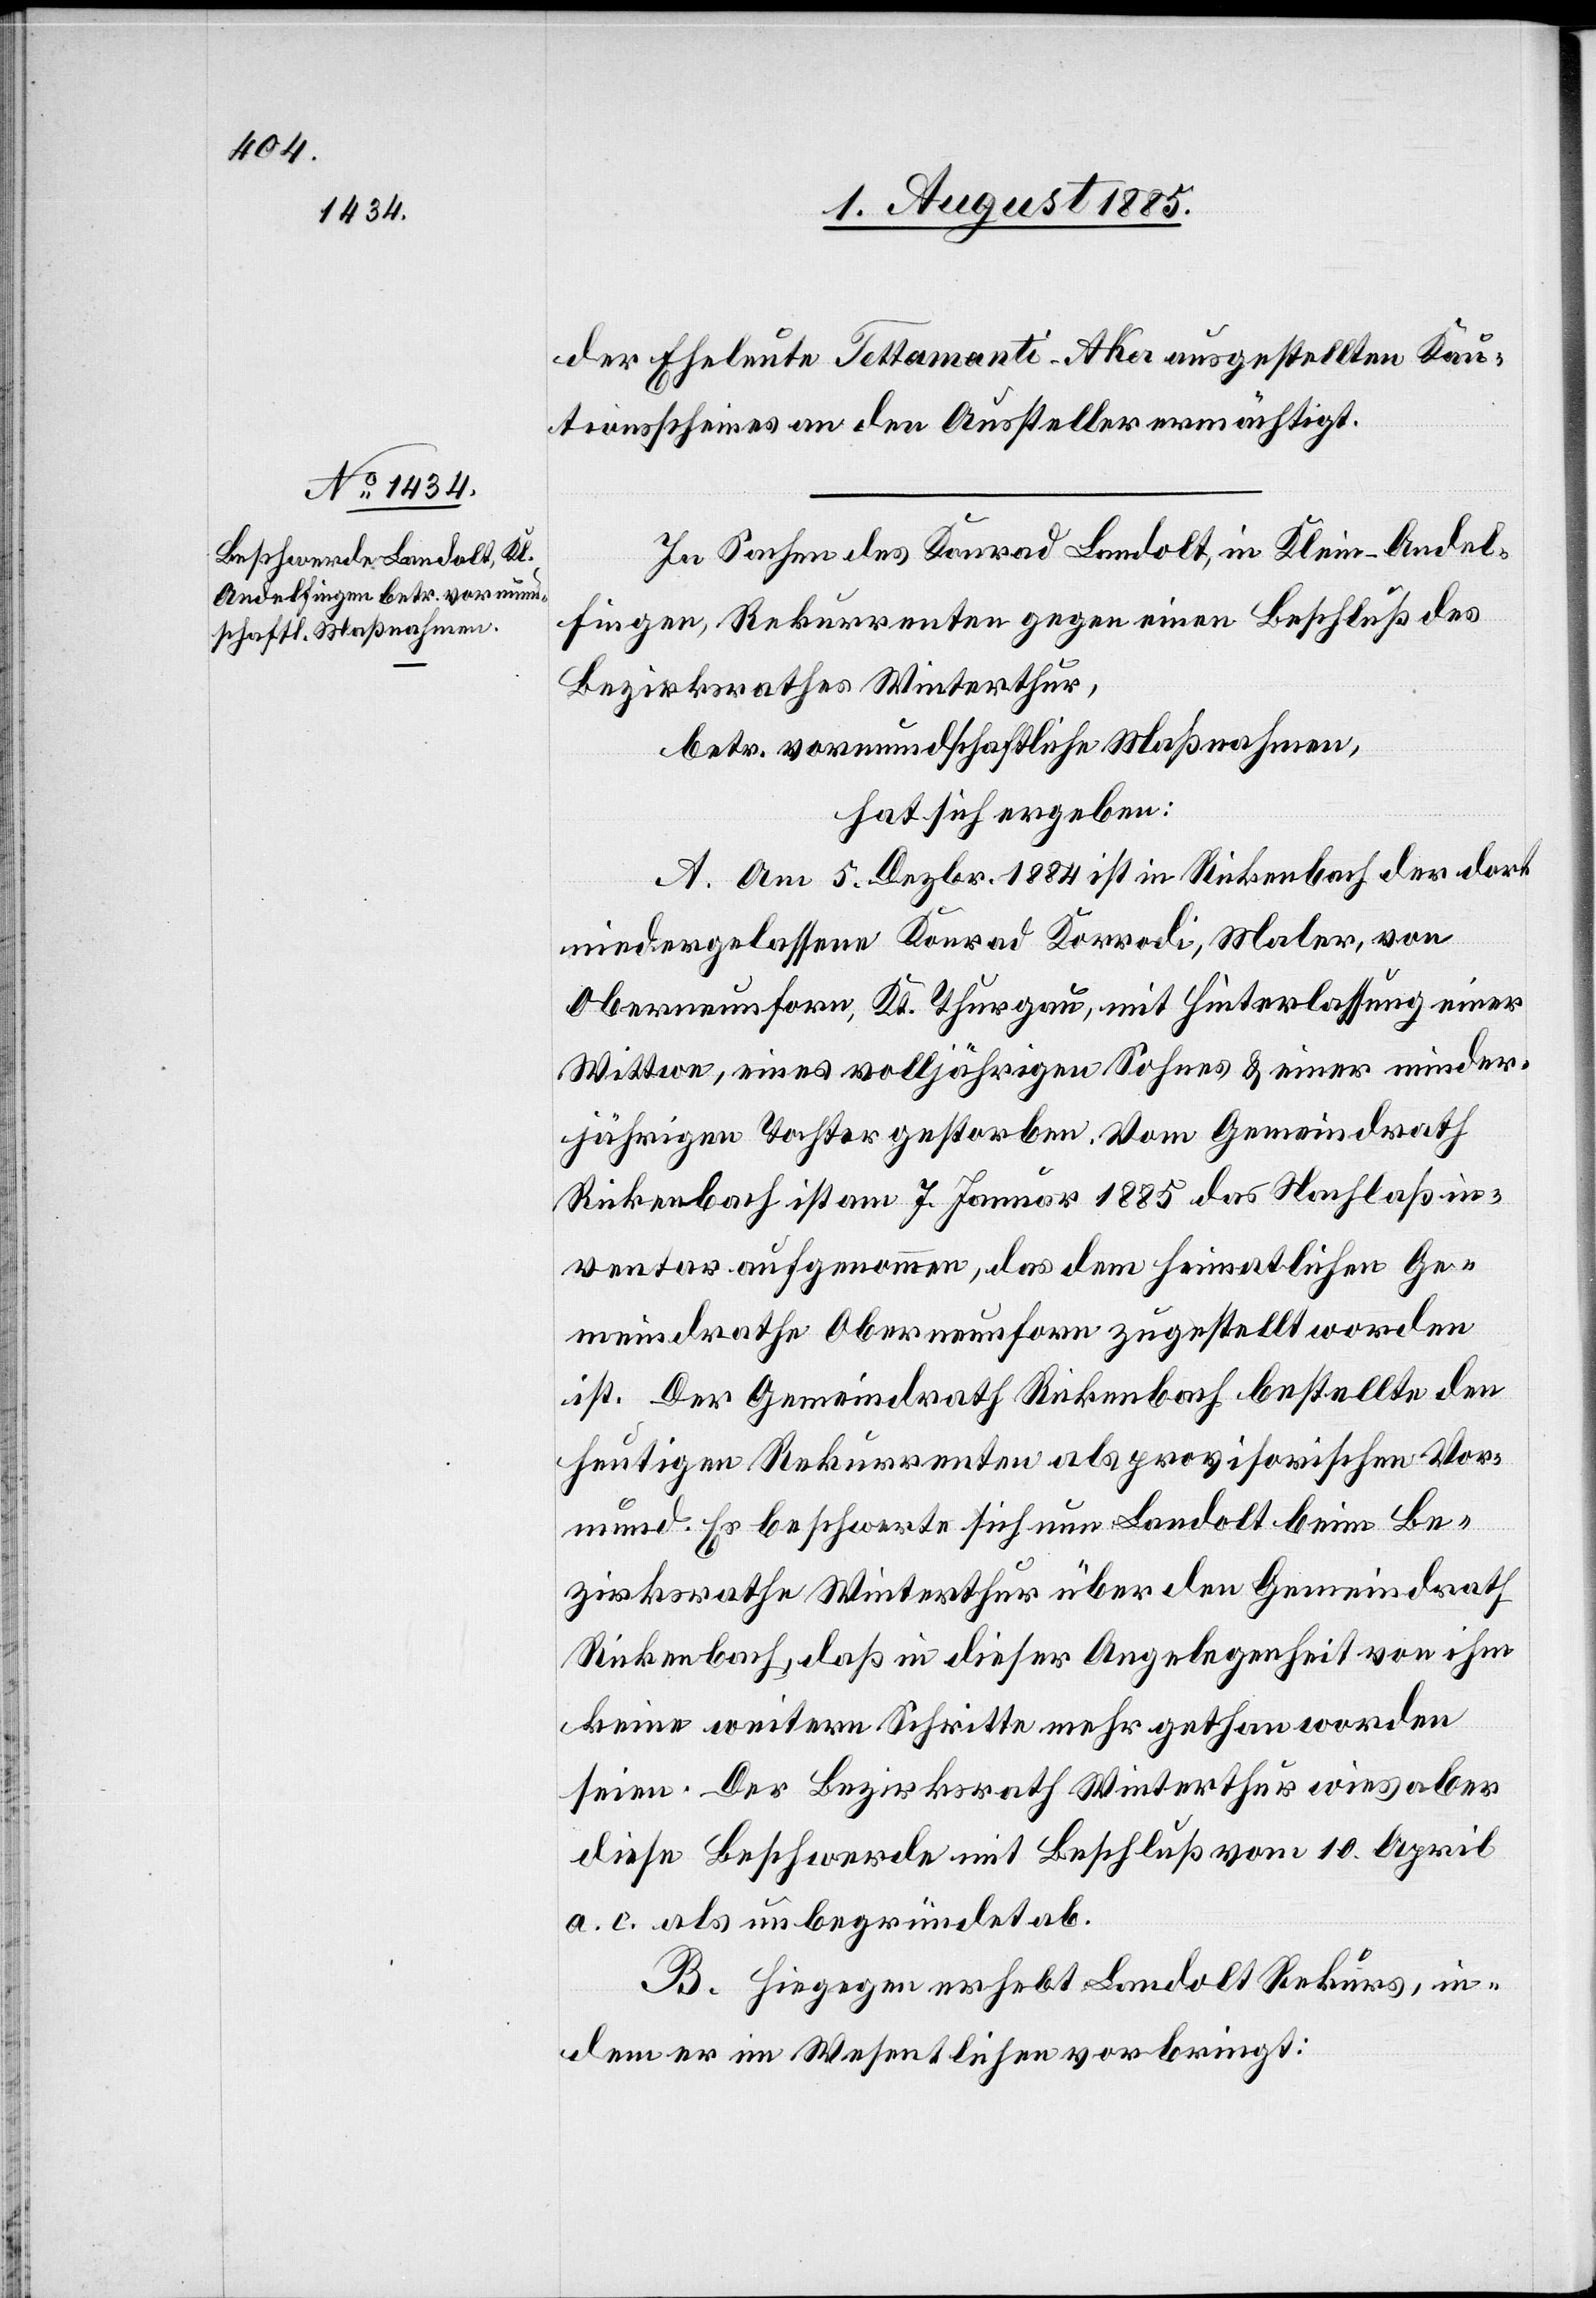
der Eheleute Tettamanti-Aker ausgestellten Kau¬
tionsscheines an den Aussteller ermächtigt.
In Sachen des Konrad Landolt, in Klein-Andel¬
fingen, Rekurrenten gegen einen Beschluß des
Bezirksrathes Winterthur,
betr. vormundschaftliche Maßnahmen,
hat sich ergeben:
A. Am 5. Dezbr. 1884 ist in Rickenbach der dort
niedergelassene Konrad Korrodi, Maler, von
Oberneunforn, Kt. Thurgau, mit Hinterlassung einer
Wittwe, eines volljährigen Sohnes & einer minder¬
jährigen Tochter gestorben. Vom Gemeindrath
Rickenbach ist am 7. Januar 1885 das Nachlaßin¬
ventar aufgenommen, das dem heimatlichen Ge¬
meindrathe Oberneunforn zugestellt worden
ist. Der Gemeindrath Rickenbach bestellte den
heutigen Rekurrenten als provisorischen Vor¬
mund. Es beschwerte sich nun Landolt beim Be¬
zirksrathe Winterthur über den Gemeindrath
Rickenbach, daß in dieser Angelegenheit von ihm
keine weitern Schritte mehr gethan worden
seien. Der Bezirksrath Winterthur wies aber
diese Beschwerde mit Beschluß vom 10. April
a. c. als unbegründet ab.
B. Hiegegen erhebt Landolt Rekurs, in¬
dem er im Wesentlichen vorbringt: